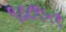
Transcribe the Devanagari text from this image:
९८८९५१